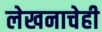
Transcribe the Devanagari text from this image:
लेखनाचेही